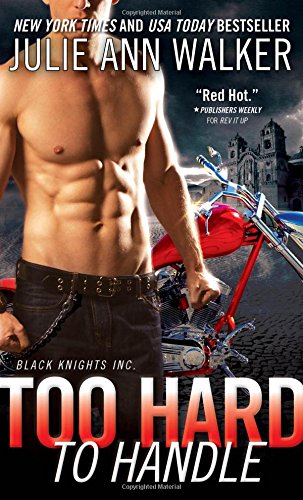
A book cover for Too Hard to Handle (Black Knights Inc.); Julie Ann Walker; Romance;